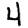
Digit: 4